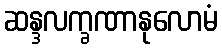
ဆန္ဒလက္ခဏာနုလောမံ